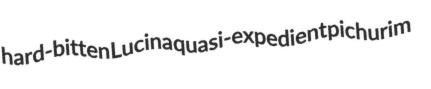
hard-bitten Lucina quasi-expedient pichurim